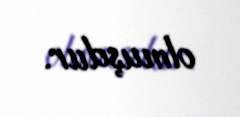
olmuşdur.